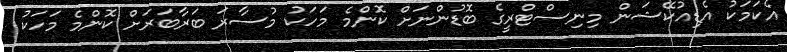
އެކަމަކު އެޑިއުކޭޝަން މިނިސްޓްރީގެ ބޮޑުންނަށް ކޮންމެ މަހަކު މުސާރަ ބަރާބަރަށް ކޮންމެ މަހަކު